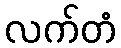
လက်တံ